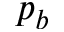
p _ { b }